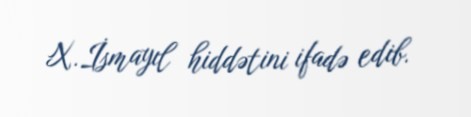
X.İsmayıl hiddətini ifadə edib.